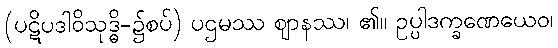
(ပဋိပဒါဝိသုဒ္ဓိ-၌စပ်) ပဌမဿ ဈာနဿ၊ ၏။ ဥပ္ပါဒက္ခဏေယေဝ၊